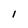
Character: l